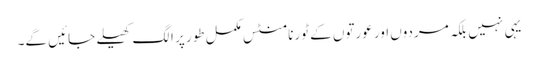
یہی نہیں بلکہ مردوں اور عورتوں کے ٹورنامنٹس مکمل طور پر الگ کھیلے جائیں گے۔